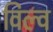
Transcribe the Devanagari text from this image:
विल्व